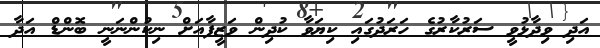
އަދި ވިދާޅުވީ ސަރުކާރުގެ ހަރަދުގައި ކިޔަވާ ކުދިން ވަޒީފާއަށް ނިކުންނަނީ ބޮންޑް އަދާ